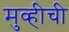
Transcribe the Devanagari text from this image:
मुव्हीची